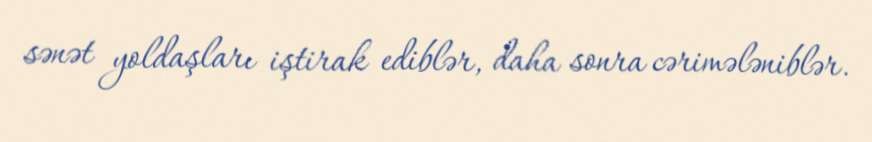
sənət yoldaşları iştirak ediblər, daha sonra cərimələniblər.